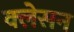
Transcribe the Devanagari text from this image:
क्‍लेसन